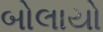
બોલાયો